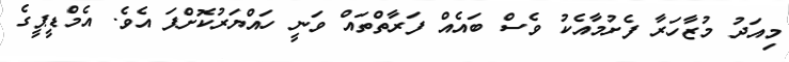
މިއަދު މުޒާހަރާ ފެށުމާއެކު ވެސް ބައެއް ފަރާތްތައް ވަނީ ހައްޔަރުކޮށްފަ އެވެ. އެމްޑީޕީގެ